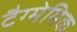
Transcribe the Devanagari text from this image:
टैग्मेमिक